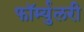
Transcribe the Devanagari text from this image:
फॉर्म्युलरी